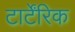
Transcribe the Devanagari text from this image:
टार्टेंरिक